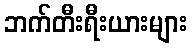
ဘက်တီးရီးယားများ